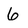
Character: 6